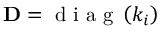
\mathbf { D } = \mathrm { ~ d ~ i ~ a ~ g ~ } \left( k _ { i } \right)